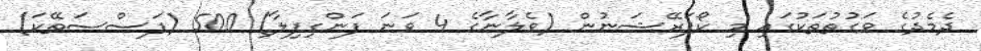
ދެމެދުގެ ވަގުތުތަކުގައި މި ކޯޕަރޭޝަނުން (ވެލާނާގެ 4 ވަނަ ފަންގިފިލާ) 500 (ފަސްސަތޭކަ)